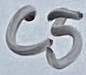
Text: C5